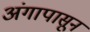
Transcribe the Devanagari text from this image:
अंगापासून